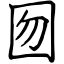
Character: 囫